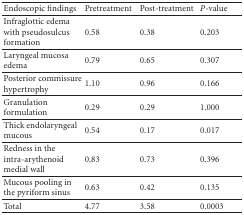
<table><thead><tr><td><b>Endoscopic findings</b></td><td><b>Pretreatment</b></td><td><b>Post-treatment</b></td><td><b><i>P</i>-value</b></td></tr></thead><tbody><tr><td>Infraglottic edema with pseudosulcus formation</td><td>0.58</td><td>0.38</td><td>0.203</td></tr><tr><td>Laryngeal mucosa edema</td><td>0.79</td><td>0.65</td><td>0.307</td></tr><tr><td>Posterior commissure hypertrophy</td><td>1.10</td><td>0.96</td><td>0.166</td></tr><tr><td>Granulation formulation</td><td>0.29</td><td>0.29</td><td>1.000</td></tr><tr><td>Thick endolaryngeal mucous</td><td>0.54</td><td>0.17</td><td>0.017</td></tr><tr><td>Redness in the intra-arythenoid medial wall</td><td>0.83</td><td>0.73</td><td>0.396</td></tr><tr><td>Mucous pooling in the pyriform sinus</td><td>0.63</td><td>0.42</td><td>0.135</td></tr><tr><td>Total</td><td>4.77</td><td>3.58</td><td>0.0003</td></tr></tbody></table>